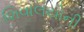
શિવાલયોની